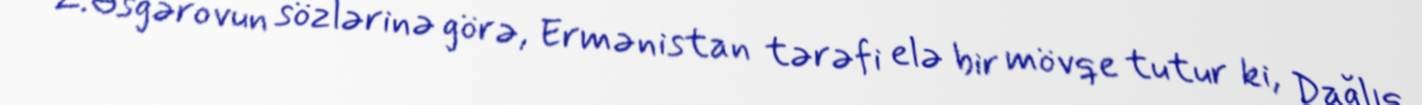
Z.Əsgərovun sözlərinə görə, Ermənistan tərəfi elə bir mövqe tutur ki, Dağlıq